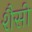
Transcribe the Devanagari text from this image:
शैसी